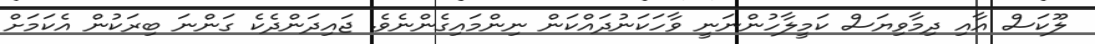
ލޫކަސް އާއި ދިމާވިޔަސް ކަމީލާހުންނަނީ ވާހަކަނުދައްކަން ނިންމައިގެންނެވެ. ޖައިދަންދެކެ ގަންނަ ބިރަކުން އެކަމަށް